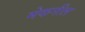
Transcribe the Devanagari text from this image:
मेकनील